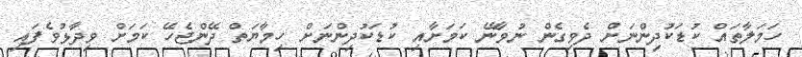
ހަމަލާތައް ކުޑަކުދިންނަށް ދެވިގެން ނުވާނޭ ކަމަށާއި ކުޑަކުދިންނަށް ހިމާޔަތް ދޭންޖެހޭ ކަމަށް ވިދާޅުވެފައި